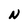
Character: N